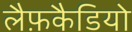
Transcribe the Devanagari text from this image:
लैफ़कैडियो